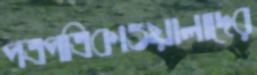
পত্রপত্রিকাওয়ালাদের